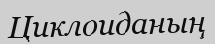
Циклоиданың